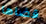
قضاها